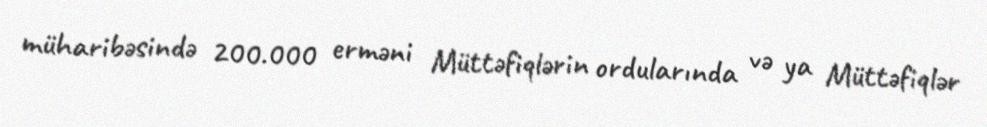
müharibəsində 200.000 erməni Müttəfiqlərin ordularında və ya Müttəfiqlər